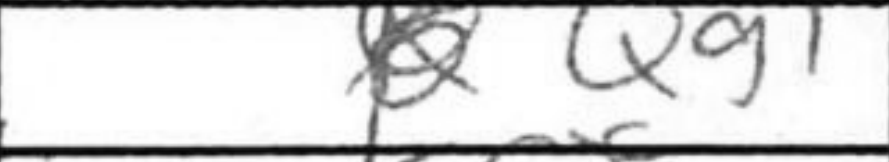
Transcription: Qg1